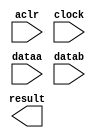
// megafunction wizard: %ALTFP_DIV%VBB%
// GENERATION: STANDARD
// VERSION: WM1.0
// MODULE: altfp_div 

// ============================================================
// Megafunction Name(s):
// 			altfp_div
//
// Simulation Library Files(s):
// 			
// ============================================================
// ************************************************************
// THIS IS A WIZARD-GENERATED FILE. DO NOT EDIT THIS FILE!
//
// 13.0.0 Build 156 04/24/2013 SJ Full Version
// ************************************************************

//Copyright (C) 1991-2013 Altera Corporation
//Your use of Altera Corporation's design tools, logic functions 
//and other software and tools, and its AMPP partner logic 
//functions, and any output files from any of the foregoing 
//(including device programming or simulation files), and any 
//associated documentation or information are expressly subject 
//to the terms and conditions of the Altera Program License 
//Subscription Agreement, Altera MegaCore Function License 
//Agreement, or other applicable license agreement, including, 
//without limitation, that your use is for the sole purpose of 
//programming logic devices manufactured by Altera and sold by 
//Altera or its authorized distributors.  Please refer to the 
//applicable agreement for further details.

module div (
	aclr,
	clock,
	dataa,
	datab,
	result)/* synthesis synthesis_clearbox = 1 */;

	input	  aclr;
	input	  clock;
	input	[31:0]  dataa;
	input	[31:0]  datab;
	output	[31:0]  result;

endmodule

// ============================================================
// CNX file retrieval info
// ============================================================
// Retrieval info: PRIVATE: INTENDED_DEVICE_FAMILY STRING "Cyclone IV E"
// Retrieval info: PRIVATE: SYNTH_WRAPPER_GEN_POSTFIX STRING "0"
// Retrieval info: LIBRARY: altera_mf altera_mf.altera_mf_components.all
// Retrieval info: CONSTANT: DENORMAL_SUPPORT STRING "NO"
// Retrieval info: CONSTANT: INTENDED_DEVICE_FAMILY STRING "Cyclone IV E"
// Retrieval info: CONSTANT: OPTIMIZE STRING "SPEED"
// Retrieval info: CONSTANT: PIPELINE NUMERIC "6"
// Retrieval info: CONSTANT: REDUCED_FUNCTIONALITY STRING "NO"
// Retrieval info: CONSTANT: WIDTH_EXP NUMERIC "8"
// Retrieval info: CONSTANT: WIDTH_MAN NUMERIC "23"
// Retrieval info: USED_PORT: aclr 0 0 0 0 INPUT NODEFVAL "aclr"
// Retrieval info: USED_PORT: clock 0 0 0 0 INPUT NODEFVAL "clock"
// Retrieval info: USED_PORT: dataa 0 0 32 0 INPUT NODEFVAL "dataa[31..0]"
// Retrieval info: USED_PORT: datab 0 0 32 0 INPUT NODEFVAL "datab[31..0]"
// Retrieval info: USED_PORT: result 0 0 32 0 OUTPUT NODEFVAL "result[31..0]"
// Retrieval info: CONNECT: @aclr 0 0 0 0 aclr 0 0 0 0
// Retrieval info: CONNECT: @clock 0 0 0 0 clock 0 0 0 0
// Retrieval info: CONNECT: @dataa 0 0 32 0 dataa 0 0 32 0
// Retrieval info: CONNECT: @datab 0 0 32 0 datab 0 0 32 0
// Retrieval info: CONNECT: result 0 0 32 0 @result 0 0 32 0
// Retrieval info: GEN_FILE: TYPE_NORMAL div.v TRUE
// Retrieval info: GEN_FILE: TYPE_NORMAL div.inc FALSE
// Retrieval info: GEN_FILE: TYPE_NORMAL div.cmp FALSE
// Retrieval info: GEN_FILE: TYPE_NORMAL div.bsf FALSE
// Retrieval info: GEN_FILE: TYPE_NORMAL div_inst.v FALSE
// Retrieval info: GEN_FILE: TYPE_NORMAL div_bb.v TRUE